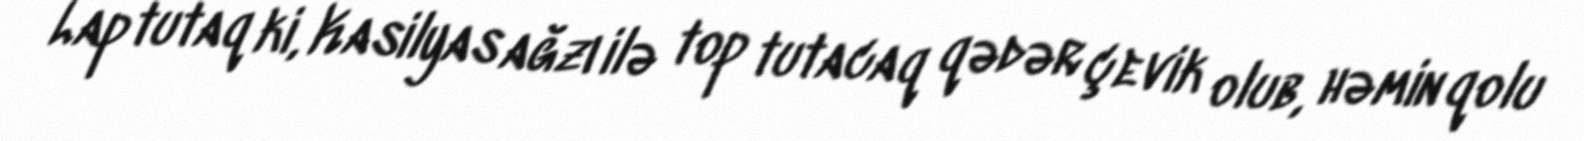
Lap tutaq ki, Kasilyas ağzı ilə top tutacaq qədər çevik olub, həmin qolu